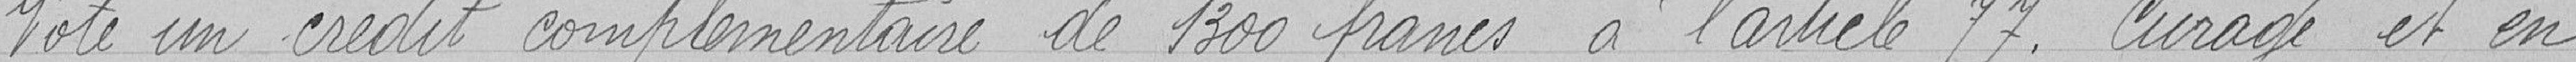
Vote un crédit complémentaire de 1300 francs à l'article 77. Curage et en